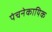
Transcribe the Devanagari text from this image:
पंचनेकायिक